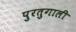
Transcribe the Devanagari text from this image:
पुरतुगाली